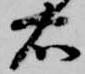
右